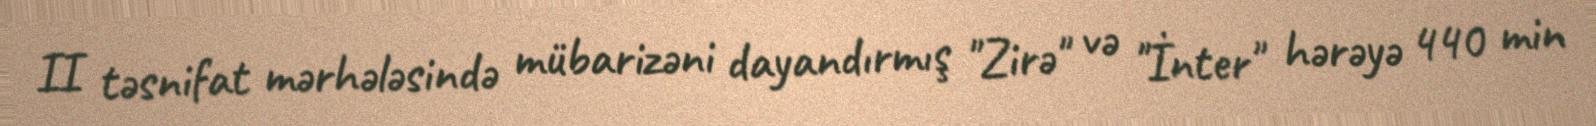
II təsnifat mərhələsində mübarizəni dayandırmış "Zirə" və "İnter" hərəyə 440 min